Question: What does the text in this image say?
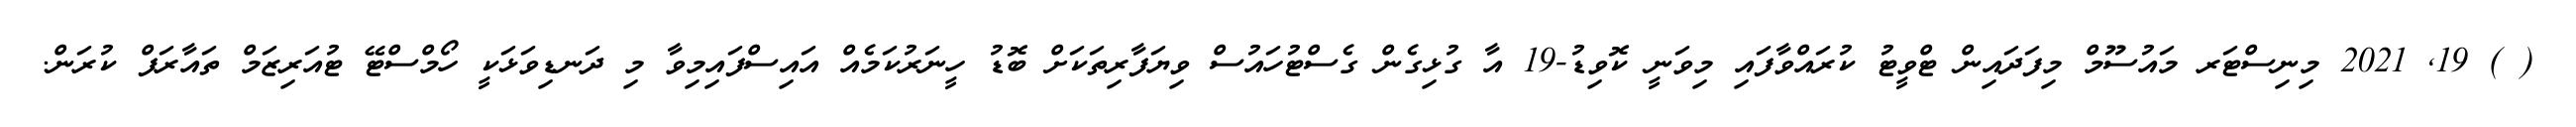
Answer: ( ) 19, 2021 މިނިސްޓަރ މައުސޫމް މިފަދައިން ޓްވީޓު ކުރައްވާފައި މިވަނީ ކޮވިޑު-19 އާ ގުޅިގެން ގެސްޓުހައުސް ވިޔަފާރިތަކަށް ބޮޑު ހީނަރުކަމެއް އައިސްފައިމިވާ މި ދަނޑިވަޅަކީ ހޯމްސްޓޭ ޓުއަރިޒަމް ތައާރަފް ކުރަން.